Vaccination in Bombay 1874-1876 - 1874-1876
Year: 1874
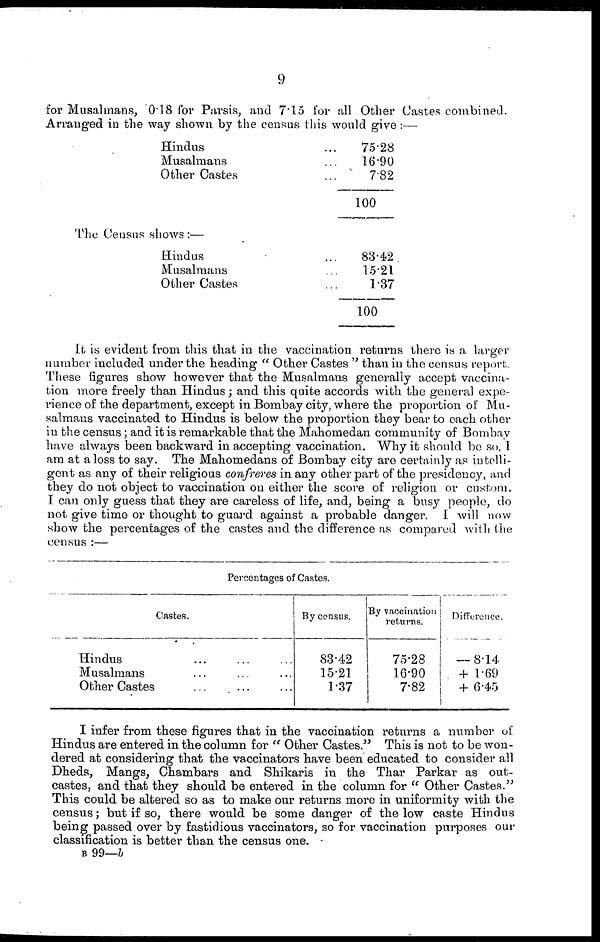
9
for Musalmans, 0.18 for Parsis, and 7.15 for all Other Castes combined.
Arranged in the way shown by the census this would give :—
Hindus ...
Musalmans ...
Other Castes ...
75.28
16.90
7.82
100
The Census shows :—
Hindus ...
Musalmans ...
Other Castes ...
83.42
15.21
1.37
100
It is evident from this that in the vaccination returns there is a larger
number included under the heading " Other Castes " than in the census report.
These figures show however that the Musalmans generally accept vaccina-
tion more freely than Hindus; and this quite accords with the general expe-
i-ienee of the department, except in Bombay city, where the proportion of Mu-
salmans vaccinated to Hindus is below the proportion they bear to each other
in the census; and it is remarkable that the Mahomedan community of Bombay
have always been backward in accepting vaccination. Why it should bo so, 1
am at a loss to say. The Mahomedans of Bombay city are certainly as intelli-
gent as any of their religious confreres in any other part of the presidency, and
they do not object to vaccination on either the score of religion or custom.
I can only guess that they are careless of life, and, being a busy people, do
not give time or thought to guard against a probable danger. I will now
show the percentages of the castes and the difference as compared with the
census :—
Percentages of Castes.
Castes.
Hindus ... ... ...
Musalmans ... ... ...
Other Castes
...
...
...
By census.
83.42
15.21
1.37
By vaccination
returns.
75.28
16.90
7.82
Difference.
— 8.14
+ 1.69
+ 6.45
I infer from these figures that in the vaccination returns a number of
Hindus are entered in the column for " Other Castes." This is not to be won-
dered at considering that the vaccinators have been educated to consider all
Dheds, Mangs, Chambars and Shikaris in the Thar Parkar as out-
castes, and that they should be entered in the column for " Other Castes."
This could be altered so as to make our returns more in uniformity with the
census; but if so, there would be some danger of the low caste Hindus
being passed over by fastidious vaccinators, so for vaccination purposes our
classification is better than the census one.
B 99—b